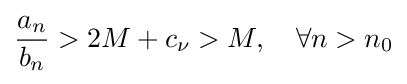
{\frac {a_{n}}{b_{n}}}>2M+c_{\nu }>M,\quad \forall n>n_{0}